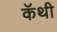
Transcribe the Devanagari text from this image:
कॅथी